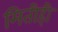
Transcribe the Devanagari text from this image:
मितीही